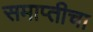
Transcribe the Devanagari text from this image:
समाप्तीचा